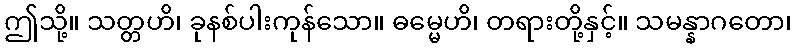
ဤသို့။ သတ္တဟိ၊ ခုနစ်ပါးကုန်သော။ ဓမ္မေဟိ၊ တရားတို့နှင့်။ သမန္နာဂတော၊